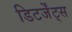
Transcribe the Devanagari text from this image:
डिटर्जेंट्स